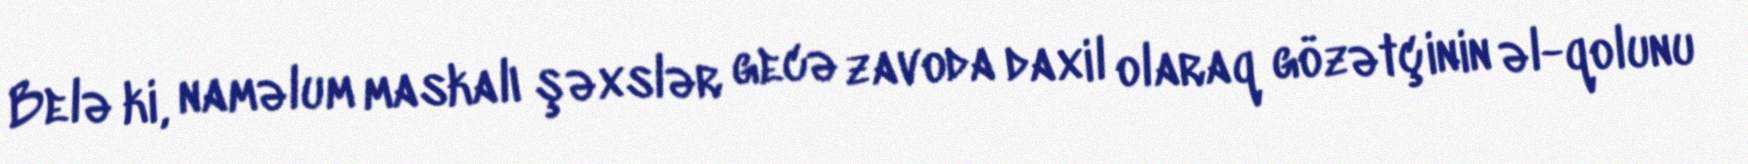
Belə ki, naməlum maskalı şəxslər gecə zavoda daxil olaraq gözətçinin əl-qolunu